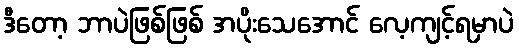
ဒီတော့ ဘာပဲဖြစ်ဖြစ် အပိုးသေအောင် လေ့ကျင့်ရမှာပဲ